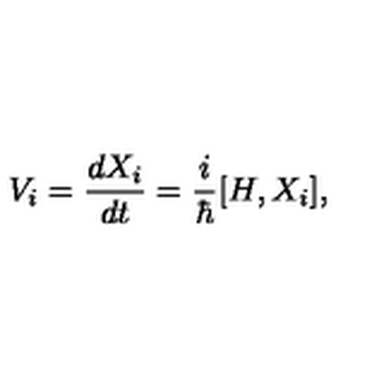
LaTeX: V _ { i } = \frac { d X _ { i } } { d t } = \frac { i } { \hbar } { [ } H , X _ { i } { ] } ,